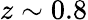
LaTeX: z\sim 0.8